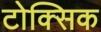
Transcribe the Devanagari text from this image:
टोक्सिक